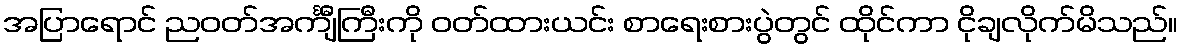
အပြာရောင် ညဝတ်အင်္ကျီကြီးကို ဝတ်ထားယင်း စာရေးစားပွဲတွင် ထိုင်ကာ ငိုချလိုက်မိသည်။